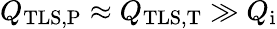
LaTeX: Q_{\mathrm{TLS,P}}\approx Q_{\mathrm{TLS,T}}\gg Q_{\mathrm{i}}